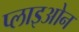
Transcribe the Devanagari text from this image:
प्लाइओन